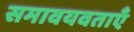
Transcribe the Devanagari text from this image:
समावयवताएँ